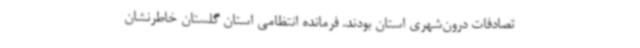
تصادفات درون‌شهری استان بودند. فرمانده انتظامی استان گلستان خاطرنشان